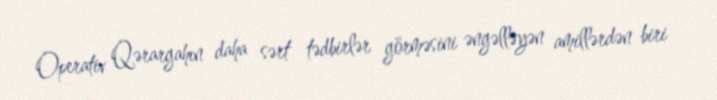
Operativ Qərargahın daha sərt tədbirlər görməsini əngəlləyən amillərdən biri